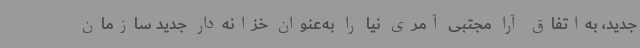
جدید، به‌اتفاق آرا مجتبی آمری نیا را به‌عنوان خزانه‌دار جدید سازمان